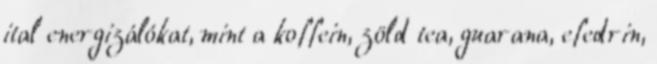
ital energizálókat, mint a koffein, zöld tea, guarana, efedrin,